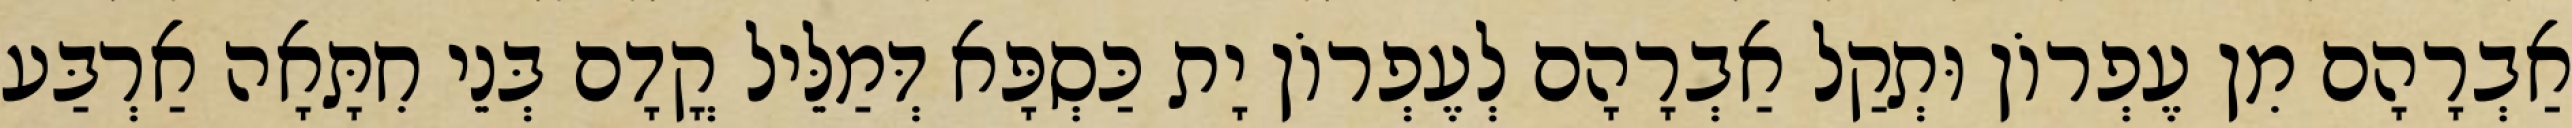
אַבְרָהָם מִן עֶפְרוֹן וּתְקַל אַבְרָהָם לְעֶפְרוֹן יָת כַּסְפָּא דְּמַלֵּיל קֳדָם בְּנֵי חִתָּאָה אַרְבַּע